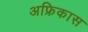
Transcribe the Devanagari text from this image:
अफ्रिकास